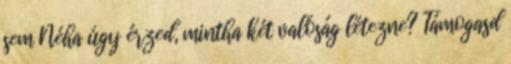
sem Néha úgy érzed, mintha két valóság létezne? Támogasd